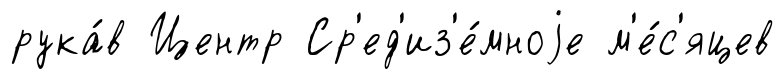
рука́в Центр Ср'ед'из'е́мноjе м'е́с'яцев